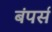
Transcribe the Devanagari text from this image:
बंपर्स